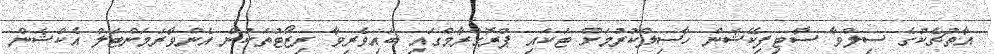
އާތުޗެކުގެ ސިލްވާ ސާޓިފިކޭޝަން ހާސިލްކުރުމަށް ޓަކައި ޕްރޮގްރާމްގައި ބައިވެރިވާ ރިޒޯޓުތަކުން އެންވާރަމަންޓަލް އެކްޝަން